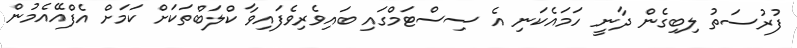
ފުރުސަތު ލިބިގެން ދާނީ ހަމައެކަނި އެ ސިސްޓަމްގައި ބައިވެރިވެފައިވާ ކްލަބްތަކަށް ކަމަށް އެފްއޭއެމުން